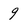
Character: 9